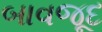
બાવજૂદ